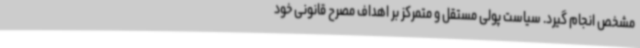
مشخص انجام گیرد. سیاست پولی مستقل و متمرکز بر اهداف مصرح قانونی خود